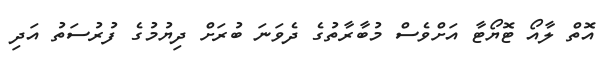
އޮތް ލާއޯ ޓޮޔޯޓާ އަށްވެސް މުބާރާތުގެ ދެވަނަ ބުރަށް ދިޔުމުގެ ފުރުސަތު އަދި